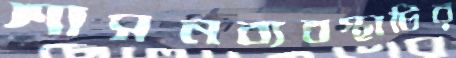
শাসনব্যবস্থাটির